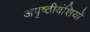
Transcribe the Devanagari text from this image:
अपृष्ठीवंशियों